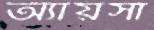
অ্যায়সা